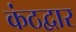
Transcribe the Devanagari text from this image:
कंठद्वार